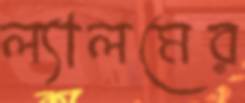
ল্যালমের